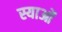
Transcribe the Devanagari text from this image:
स्याओं